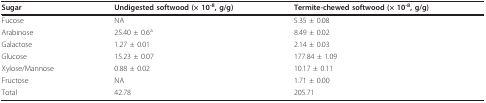
<table><thead><tr><td><b>Sugar</b></td><td><b>Undigested softwood (× 10<sup>-8</sup>, g/g)</b></td><td><b>Termite-chewed softwood (× 10<sup>-8</sup>, g/g)</b></td></tr></thead><tbody><tr><td>Fucose</td><td>NA</td><td>5.35 ± 0.08</td></tr><tr><td>Arabinose</td><td>25.40 ± 0.6<sup>a</sup></td><td>8.49 ± 0.02</td></tr><tr><td>Galactose</td><td>1.27 ± 0.01</td><td>2.14 ± 0.03</td></tr><tr><td>Glucose</td><td>15.23 ± 0.07</td><td>177.84 ± 1.09</td></tr><tr><td>Xylose/Mannose</td><td>0.88 ± 0.02</td><td>10.17 ± 0.11</td></tr><tr><td>Fructose</td><td>NA</td><td>1.71 ± 0.00</td></tr><tr><td>Total</td><td>42.78</td><td>205.71</td></tr></tbody></table>